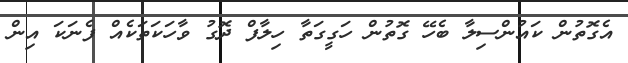
އެގޮތުން ކައުންސިލާ ބެހޭ ގޮތުން ހަގީގަތާ ހިލާފް ދޮގު ވާހަކަތަކެއް ފެނަކަ އިން